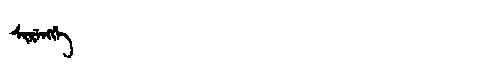
Manchu: ᠰᡳᡵᡝᠩᡤᡝ
Romanization: SIRENGGE